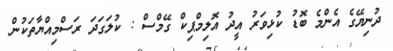
ދުނިޔޭގެ އެންމެ ބޮޑު ކުޅިވަރު އީދު އޮލިމްޕިކް ގޭމްސް : ކުލަގަދަ ރަސްމިއްޔާތަކުން